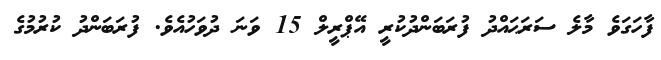
ފާހަގަވެ މާލެ ސަރަޙައްދު ފުރަބަންދުކުރީ އޭޕްރީލް 15 ވަނަ ދުވަހުއެވެ. ފުރަބަންދު ކުރުމުގެ